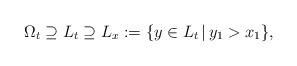
LaTeX: \begin{align*}\Omega_t\supseteq L_t \supseteq L_x:=\{ y\in L_t\,|\, y_1> x_1 \},\end{align*}